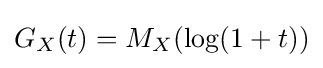
G_{X}(t)=M_{X}(\log(1+t))